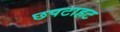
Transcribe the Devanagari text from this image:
छपटाहट